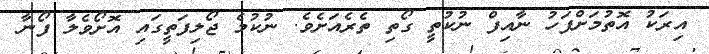
އިރަކު އޮތުމަށްފަހު ނާއިފް ނުކުތީ ގޯތި ތެރެއަށެވެ. ނުކުމެ ޖޯލިފަތީގައި އޮށޯވެލާ ފޯނާ